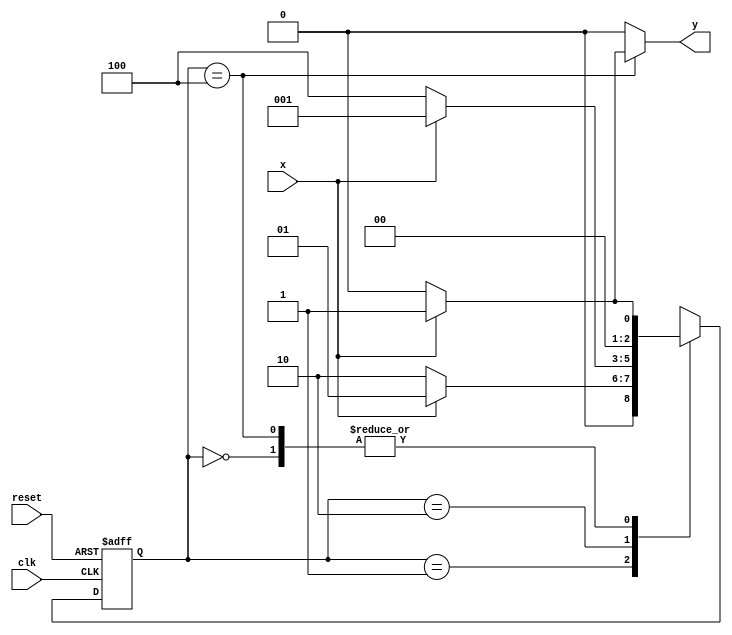
// ---------------------
// guia10_03 - Mealy - FSM capaz de reconhecer uma sequncia (1010)
// Nome: Anderson Belchior de Carvalho
// ---------------------

//----------------------------------------
// -- Exercicio 03
//----------------------------------------
// --- Mealy FSM, com sequencia : 1010
//----------------------------------------

// constant definitions
`define found    1
`define notfound 0

// FSM by Mealy
module ex3_seq1010_mealy ( y, x, clk, reset );

	output y;
	input  x;
	input  clk;
	input  reset;

	reg    y;

	parameter         // state identifiers 
		start  = 3'b000,
		id1    = 3'b001,
		id10   = 3'b010,
		id101  = 3'b100;

	reg [2:0] E1;	// current state variables
	reg [2:0] E2;	// next state logic output

	// next state logic
   always @( x or E1 )
		begin
		y = `notfound;

		case ( E1 )
			start:
				if ( x )
					E2 = id1;
				else
					E2 = start;
				
			id1:
				if ( x )
					E2 = id1;
				else
					E2 = id10;
			
			id10:
				if ( x )
					E2 = id1;
				else
					E2 = id101;

			id101:
				if ( x )
				begin
					E2 =  id1;
					y  = `found;
				end
				else
				begin
					E2 =  start;
					y  = `notfound;
				end
	 
			default:   // undefined state
				E2 =  3'bxxx;
		endcase
	  
		end // always at signal or state changing

	// state variables
		always @( negedge clk or negedge reset )
		begin
			if ( reset )
				E1 = E2;    // updates current state
			else
				E1 = 0;     // reset
		end // always at signal changing

endmodule // fim ex3_seq1010_mealy

//--------------------------
// -- test ex03
//--------------------------

module testex3;
	
	reg   clk, reset, x;
	wire  m1;

	ex3_seq1010_mealy M3 ( m1, x, clk, reset );

	initial
	begin
		$display("Guia10_03 - Anderson Belchior de Carvalho - 396673");
		$display("\n Time \t\t\tX  \t\t\t Seq 1010" );

		// initial values
       clk   = 1;
       reset = 0;
       x     = 0;

	// input signal changing
		#10   reset = 1;
		#10  x = 1;
		#10  x = 0;
		#10  x = 0;
		#10  x = 1;
		#10  x = 0;
		#10  x = 1;
		#10  x = 1;
		#10  x = 1;
		#10  x = 1;
		#10  x = 0;
		#10  x = 1;
		#10  x = 1;
		#10  x = 1;
		#10  x = 0;
		#10  x = 1;
		#10  x = 0;
		#10  x = 0;
		#10  x = 0;
		
		#5 $finish;
	
	end // initial

	always
		#5 clk = ~clk;

	always @( posedge clk )
	begin
		$display ( "%4d \t\t \t%b\t\t\t    %b", $time, x, m1);
	end // always at positive edge clocking changing

endmodule //  fim testex3